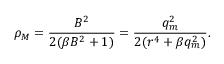
\rho _ { M } = \frac { B ^ { 2 } } { 2 ( \beta B ^ { 2 } + 1 ) } = \frac { q _ { m } ^ { 2 } } { 2 ( r ^ { 4 } + \beta q _ { m } ^ { 2 } ) } .